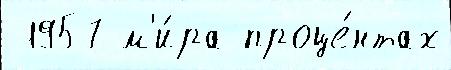
 1957 м'и́ра проце́нтах